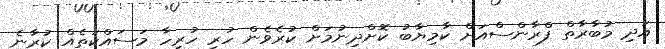
އަދި މުބާރާތް ފްރާންސްއަށް ކާމިޔާބު ކޮށްދިނުމަށް ކުރެވެން ހުރި ހުރިހާ މަސައްކަތެއް ކުރާނެ